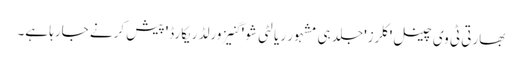
بھارتی ٹی وی چینل 'کلرز' جلد ہی مشہور ریالٹی شو ' گنیز ورلڈ ریکارڈ' پیش کرنے جارہا ہے۔